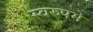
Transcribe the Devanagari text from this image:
स्वरुपमे